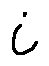
i